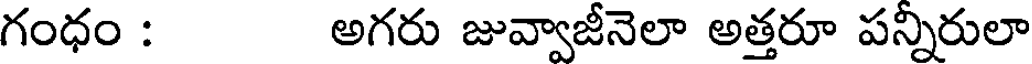
గంధం : అగరు జువ్వాజీనెలా అత్తరూ పన్నిరులా